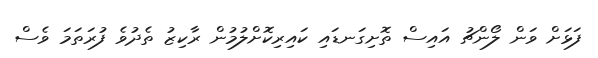
ފަޅަށް ވަން ލޯންޗު އައިސް ތޮށިގަނޑައި ކައިރިކޮށްލުމުން ރާކިޒު ތެދުވެ ފުރަތަމަ ވެސް